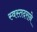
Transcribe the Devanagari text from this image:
स्वस्तदराने